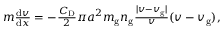
\begin{array} { r } { m \frac { \mathrm { d } v } { \mathrm { d } x } = - \frac { C _ { \mathrm { D } } } { 2 } \pi a ^ { 2 } m _ { \mathrm { g } } n _ { \mathrm { g } } \frac { | v - v _ { \mathrm { g } } | } { v } ( v - v _ { \mathrm { g } } ) , } \end{array}